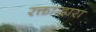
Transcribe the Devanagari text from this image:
रक्ताद्वारा